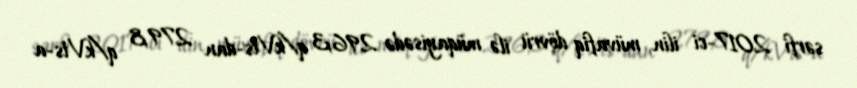
sərfi 2017-ci ilin müvafiq dövrü ilə müqayisədə 296,3 q/kVts-dan 279,8 q/kVts-a